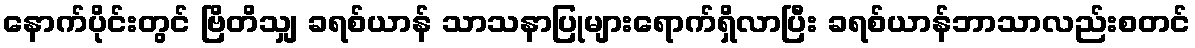
နောက်ပိုင်းတွင် ဗြိတိသျှ ခရစ်ယာန် သာသနာပြုများရောက်ရှိလာပြီး ခရစ်ယာန်ဘာသာလည်းစတင်